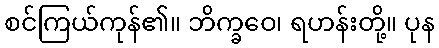
စင်ကြယ်ကုန်၏။ ဘိက္ခဝေ၊ ရဟန်းတို့။ ပုန